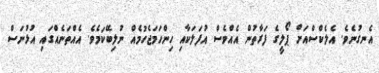
އެނގުނެވެ. އެލެކްސްއަށް ޕޯލީގެ ފަރާތުން އެއްވެސް އުފަލަކާއި ހިންހަމަޖެހުމެއް ނުލިބޭކަމެވެ. އެއްތަނެއްގައި އުޅުނަސް